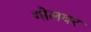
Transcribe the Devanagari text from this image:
गोलवर